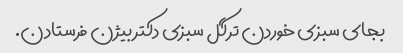
بجای سبزی خوردن ترگل سبزی دکتر بیژن فرستادن.